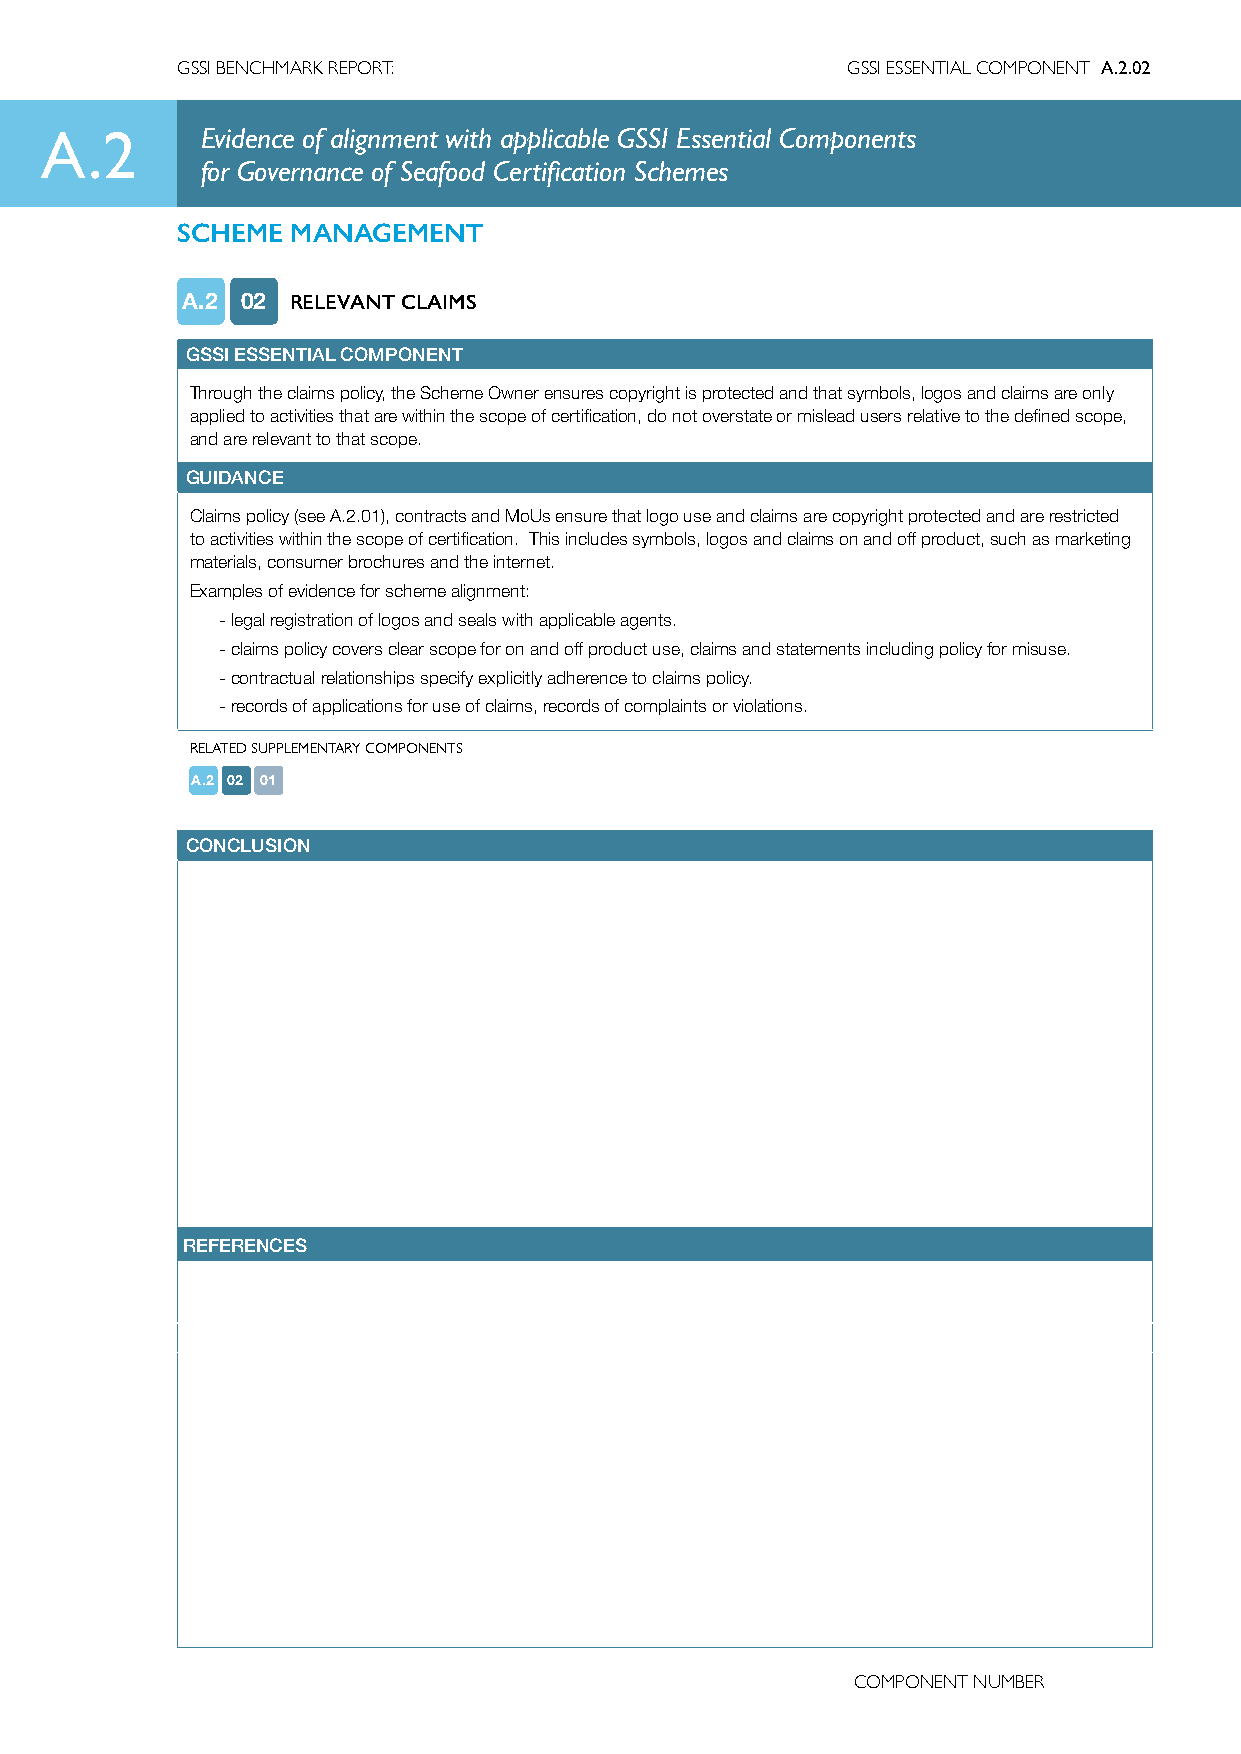
GSSI BENCHMARK REPORT:                      GSSI ESSENTIAL COMPONENT A.2.02
 A.2       Evidence of alignment with applicable GSSI Essential Components
 for Governance of Seafood Certification Schemes
 SCHEME MANAGEMENT
 A.2 02 RELEVANT CLAIMS
 GSSI ESSENTIAL COMPONENT
 Through the claims policy, the Scheme Owner ensures copyright is protected and that symbols, logos and claims are only
 applied to activities that are within the scope of certification, do not overstate or mislead users relative to the defined scope,
 and are relevant to that scope.
 GUIDANCE
 Claims policy (see A.2.01), contracts and MoUs ensure that logo use and claims are copyright protected and are restricted
 to activities within the scope of certification. This includes symbols, logos and claims on and off product, such as marketing
 materials, consumer brochures and the internet.
 Examples of evidence for scheme alignment:
 - legal registration of logos and seals with applicable agents.
 - claims policy covers clear scope for on and off product use, claims and statements including policy for misuse.
 - contractual relationships specify explicitly adherence to claims policy.
 - records of applications for use of claims, records of complaints or violations.
 RELATED SUPPLEMENTARY COMPONENTS
 A.2 02 01
 CONCLUSION
 REFERENCES
 COMPONENT NUMBER